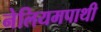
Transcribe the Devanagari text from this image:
नेलियमपाथी